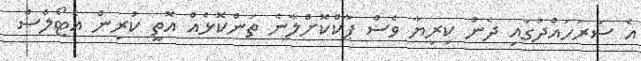
އެ ސަރަހައްދުގައި ދެން ކިރިޔާ ވެސް ޕާކްކޮށްލާނެ ތަންކޮޅެއް އޮތީ ކުރިން އެޓޯލްސް